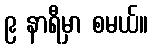
၉ နာရီမှာ စမယ်။